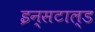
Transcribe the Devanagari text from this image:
इन्सटाल्ड